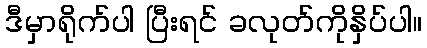
ဒီမှာရိုက်ပါ ပြီးရင် ခလုတ်ကိုနှိပ်ပါ။